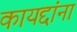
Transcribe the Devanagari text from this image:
कायद्दांना